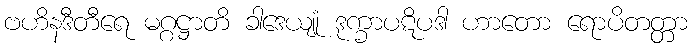
ဗဟိနဒီတီရေ မဂ္ဂဋ္ဌာတိ ခါဒေယျုံ ဒုက္ခာပဋိပဒါ ဟာတော ရောပိတတ္တာ